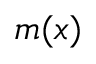
m ( x )